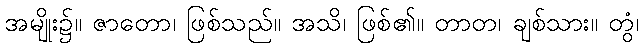
အမျိုး၌။ ဇာတော၊ ဖြစ်သည်။ အသိ၊ ဖြစ်၏။ တာတ၊ ချစ်သား။ တွံ၊